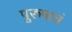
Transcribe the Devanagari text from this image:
पुरुषाचं